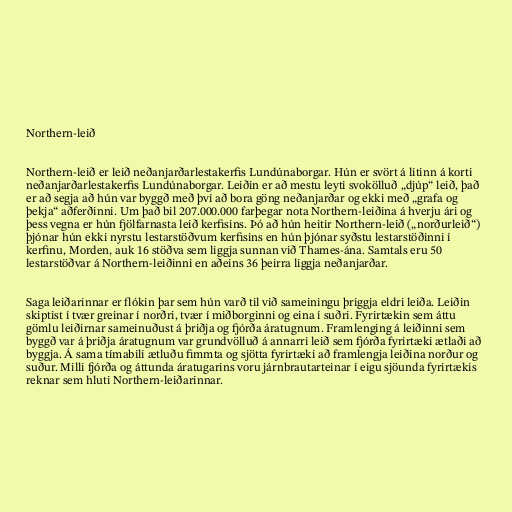
Northern-leið

Northern-leið er leið neðanjarðarlestakerfis Lundúnaborgar. Hún er svört á litinn á korti
neðanjarðarlestakerfis Lundúnaborgar. Leiðin er að mestu leyti svokölluð „djúp“ leið, það
er að segja að hún var byggð með því að bora göng neðanjarðar og ekki með „grafa og
þekja“ aðferðinni. Um það bil 207.000.000 farþegar nota Northern-leiðina á hverju ári og
þess vegna er hún fjölfarnasta leið kerfisins. Þó að hún heitir Northern-leið („norðurleið“)
þjónar hún ekki nyrstu lestarstöðvum kerfisins en hún þjónar syðstu lestarstöðinni í
kerfinu, Morden, auk 16 stöðva sem liggja sunnan við Thames-ána. Samtals eru 50
lestarstöðvar á Northern-leiðinni en aðeins 36 þeirra liggja neðanjarðar.

Saga leiðarinnar er flókin þar sem hún varð til við sameiningu þriggja eldri leiða. Leiðin
skiptist í tvær greinar í norðri, tvær í miðborginni og eina í suðri. Fyrirtækin sem áttu
gömlu leiðirnar sameinuðust á þriðja og fjórða áratugnum. Framlenging á leiðinni sem
byggð var á þriðja áratugnum var grundvölluð á annarri leið sem fjórða fyrirtæki ætlaði að
byggja. Á sama tímabili ætluðu fimmta og sjötta fyrirtæki að framlengja leiðina norður og
suður. Milli fjórða og áttunda áratugarins voru járnbrautarteinar í eigu sjöunda fyrirtækis
reknar sem hluti Northern-leiðarinnar.